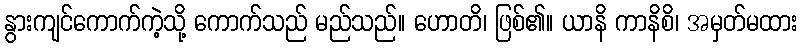
နွားကျင်ကောက်ကဲ့သို့ ကောက်သည် မည်သည်။ ဟောတိ၊ ဖြစ်၏။ ယာနိ ကာနိစိ၊ အမှတ်မထား